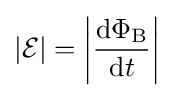
|{\mathcal {E}}|=\left|{{\mathrm {d} \Phi _{\text{B}}} \over \mathrm {d} t}\right|